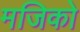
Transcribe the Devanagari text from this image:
मजिको